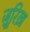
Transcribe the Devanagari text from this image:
ज़ूरिख़